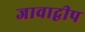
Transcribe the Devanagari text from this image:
जावाद्वीप